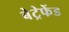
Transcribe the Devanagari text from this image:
बेट्रेफेंड